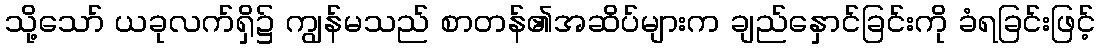
သို့သော် ယခုလက်ရှိ၌ ကျွန်မသည် စာတန်၏အဆိပ်များက ချည်နှောင်ခြင်းကို ခံရခြင်းဖြင့်